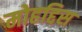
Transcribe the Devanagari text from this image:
मोहद्दिस